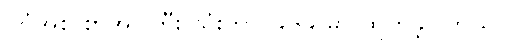
ပုဂံအစ စာအုပ်ကြီး သုံးတွဲ ၁၉၆၉ မှာ ထွက်ခဲ့ပါတယ်။